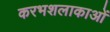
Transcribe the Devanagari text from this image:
करभशलाकाओं